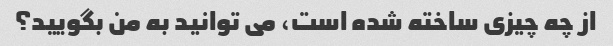
از چه چیزی ساخته شده است، می توانید به من بگویید؟